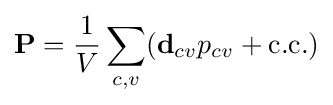
{\mathbf {P} }={\frac {1}{V}}\sum _{c,v}({\mathbf {d} }_{cv}p_{cv}+\mathrm {c.c.} )